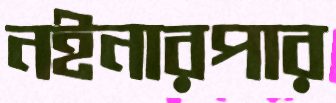
নইনারপার